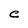
Character: C